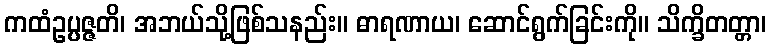
ကထံဥပ္ပဇ္ဇတိ၊ အဘယ်သို့ဖြစ်သနည်း။ ဓာရဏာယ၊ ဆောင်ရွက်ခြင်းကို။ သိက္ခိတတ္တာ၊